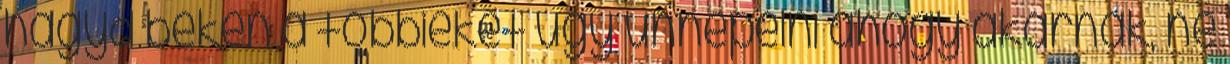
hagyd békén a többieket úgy ünnepelni ahogy akarnak, ne